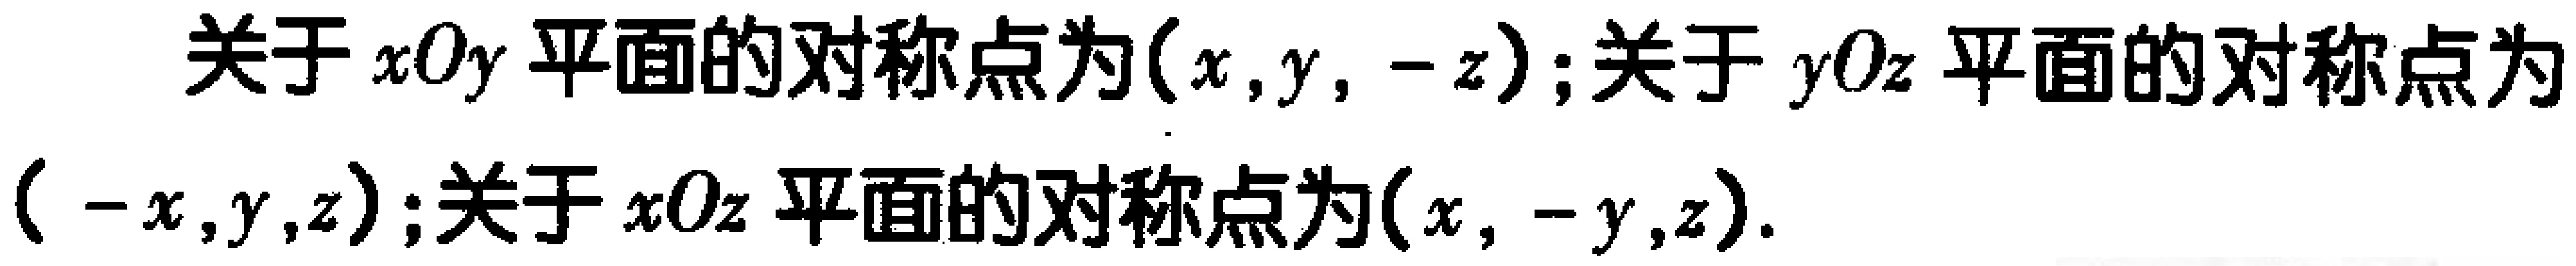
关于 \(xOy\) 平面的对称点为\((x,y, -z)\); 关于 \(yOz\) 平面的对称点为\(( -x,y,z)\); 关于 \(xOz\) 平面的对称点为\((x, -y,z)\).